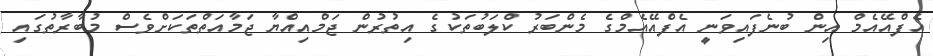
އެފްއޭއެމް އިން ބުނެފައިވަނީ އެފްއޭއެމްގެ މެންބަރު ކްލަބުތަކުގެ އިތުރުން ޖަމްއިއްޔާ ޖަމާއަތްތަކަށްވެސް މުބާރާތުގައި